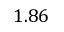
1 . 8 6